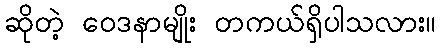
ဆိုတဲ့ ဝေဒနာမျိုး တကယ်ရှိပါသလား။